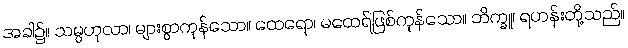
အခါ၌။ သမ္ပဟုလာ၊ များစွာကုန်သော။ ထေရော၊ မထေရ်ဖြစ်ကုန်သော။ ဘိက္ခူ၊ ရဟန်းတို့သည်။